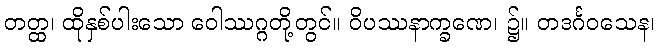
တတ္ထ၊ ထိုနှစ်ပါးသော ဝေါဿဂ္ဂတို့တွင်။ ဝိပဿနာက္ခဏေ၊ ၌။ တဒင်္ဂဝသေန၊